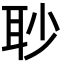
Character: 𦕈